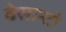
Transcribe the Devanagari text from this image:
वेसान्टो